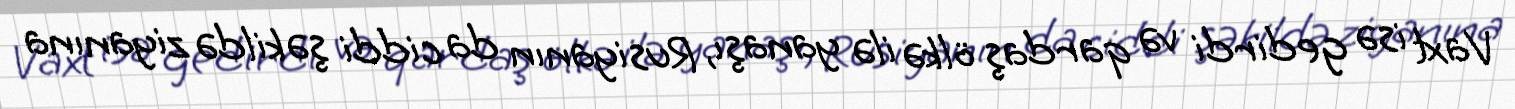
Vaxt isə gedirdi və qardaş ölkə ilə yanaşı, Rusiyanın da ciddi şəkildə ziyanına